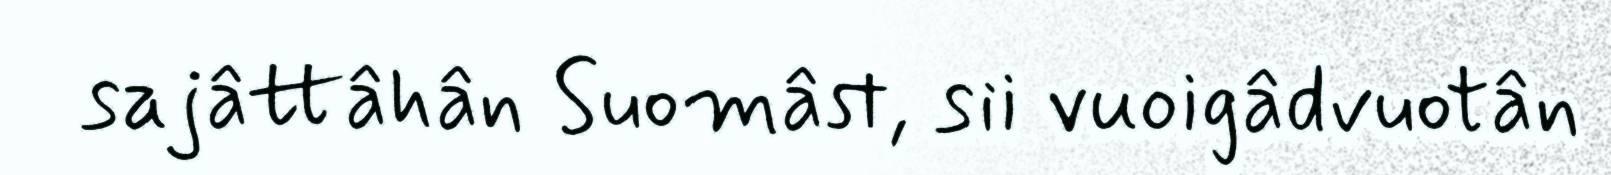
sajâttâhân Suomâst, sii vuoigâdvuotân